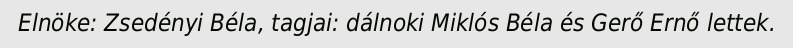
Elnöke: Zsedényi Béla, tagjai: dálnoki Miklós Béla és Gerő Ernő lettek.